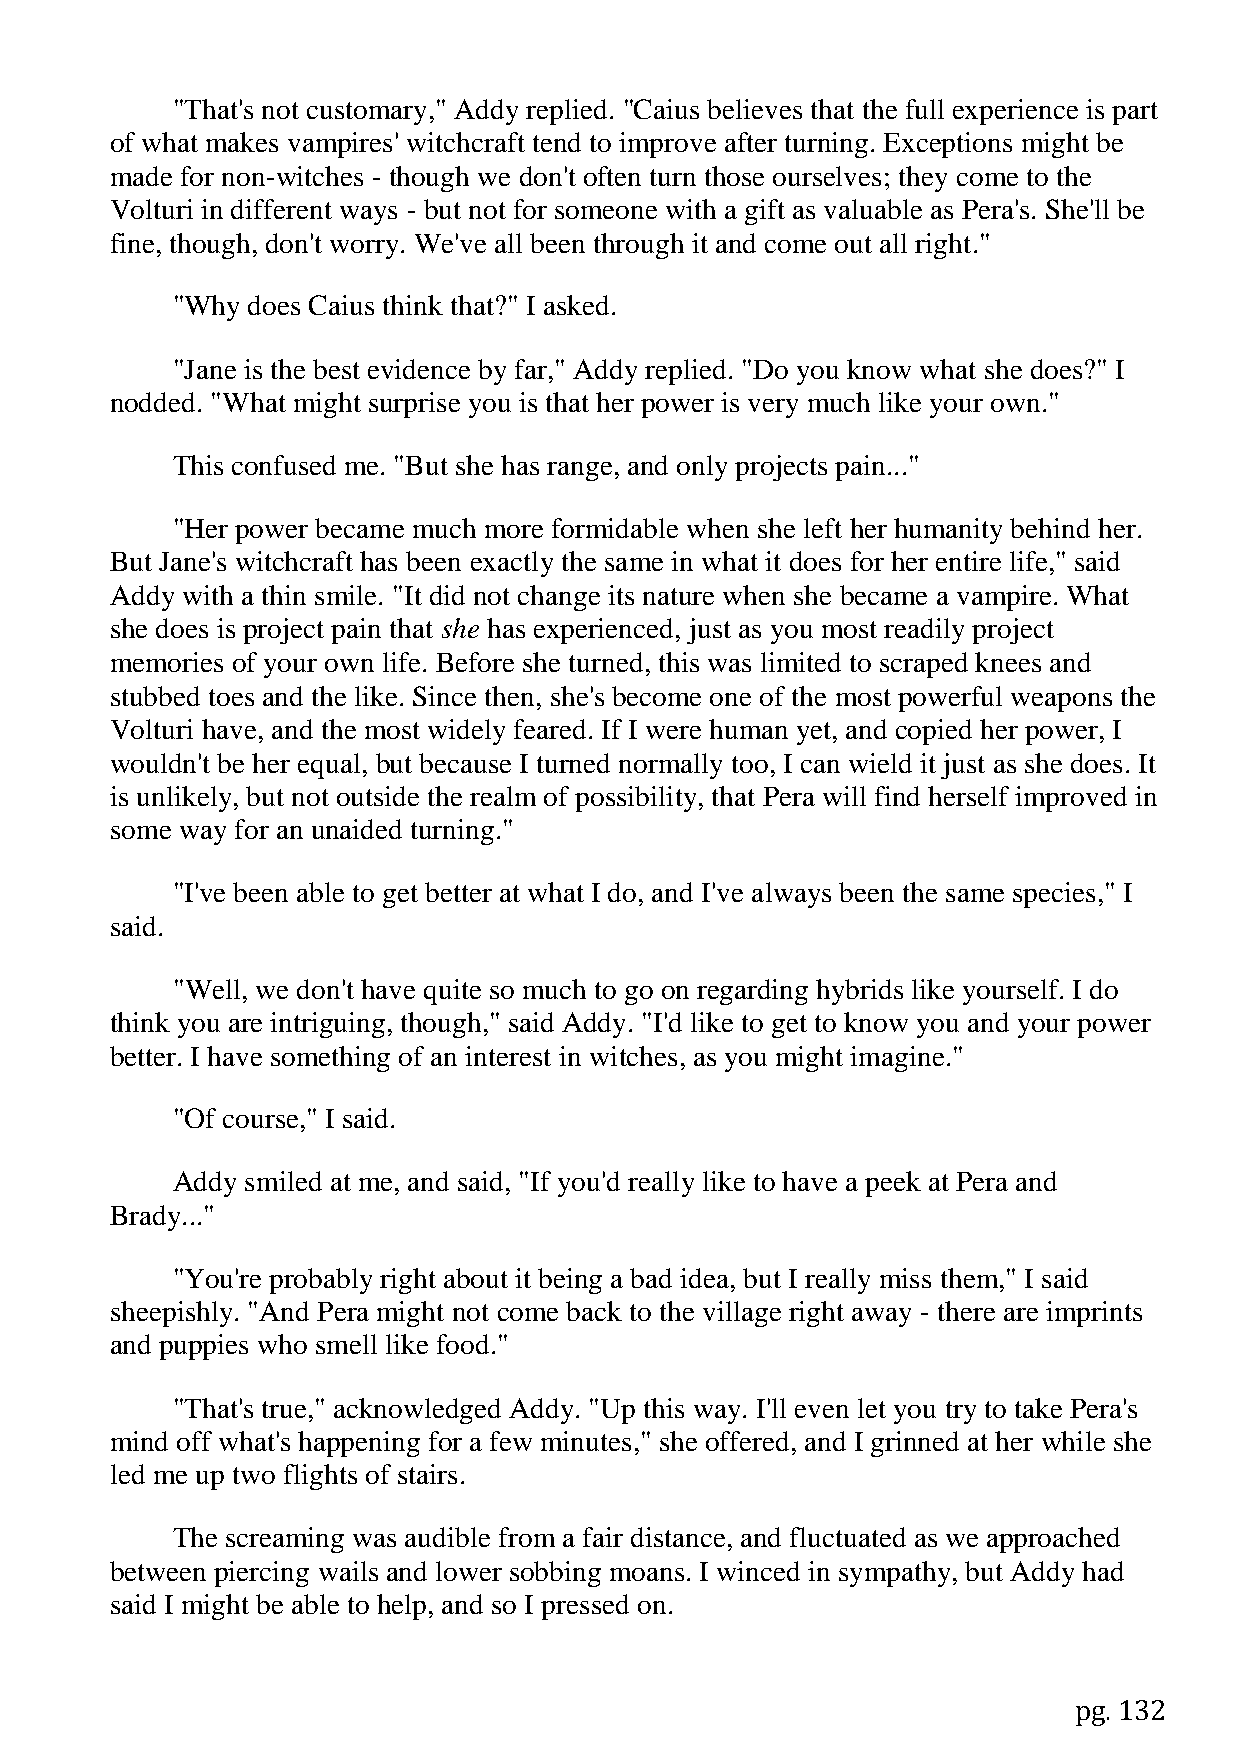
"That's not customary," Addy replied. "Caius believes that the full experience is part
 of what makes vampires' witchcraft tend to improve after turning. Exceptions might be
 made for non-witches - though we don't often turn those ourselves; they come to the
 Volturi in different ways - but not for someone with a gift as valuable as Pera's. She'll be
 fine, though, don't worry. We've all been through it and come out all right."
 "Why does Caius think that?" I asked.
 "Jane is the best evidence by far," Addy replied. "Do you know what she does?" I
 nodded. "What might surprise you is that her power is very much like your own."
 This confused me. "But she has range, and only projects pain..."
 "Her power became much more formidable when she left her humanity behind her.
 But Jane's witchcraft has been exactly the same in what it does for her entire life," said
 Addy with a thin smile. "It did not change its nature when she became a vampire. What
 she does is project pain that she has experienced, just as you most readily project
 memories of your own life. Before she turned, this was limited to scraped knees and
 stubbed toes and the like. Since then, she's become one of the most powerful weapons the
 Volturi have, and the most widely feared. If I were human yet, and copied her power, I
 wouldn't be her equal, but because I turned normally too, I can wield it just as she does. It
 is unlikely, but not outside the realm of possibility, that Pera will find herself improved in
 some way for an unaided turning."
 "I've been able to get better at what I do, and I've always been the same species," I
 said.
 "Well, we don't have quite so much to go on regarding hybrids like yourself. I do
 think you are intriguing, though," said Addy. "I'd like to get to know you and your power
 better. I have something of an interest in witches, as you might imagine."
 "Of course," I said.
 Addy smiled at me, and said, "If you'd really like to have a peek at Pera and
 Brady..."
 "You're probably right about it being a bad idea, but I really miss them," I said
 sheepishly. "And Pera might not come back to the village right away - there are imprints
 and puppies who smell like food."
 "That's true," acknowledged Addy. "Up this way. I'll even let you try to take Pera's
 mind off what's happening for a few minutes," she offered, and I grinned at her while she
 led me up two flights of stairs.
 The screaming was audible from a fair distance, and fluctuated as we approached
 between piercing wails and lower sobbing moans. I winced in sympathy, but Addy had
 said I might be able to help, and so I pressed on.
 pg. 132